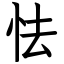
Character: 怯